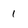
Character: 1